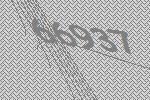
66937